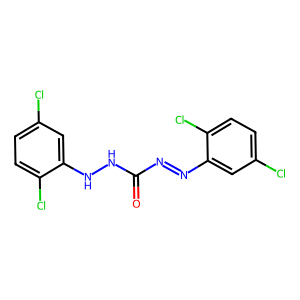
SMILES: O=C(N=Nc1cc(Cl)ccc1Cl)NNc1cc(Cl)ccc1Cl
Inhibits HIV replication: No